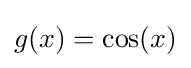
g(x)=\cos(x)